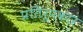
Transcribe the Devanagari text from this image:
प्रतिरूपकार